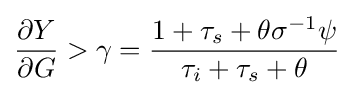
{\frac {\partial Y}{\partial G}}>\gamma ={\frac {1+\tau _{s}+\theta \sigma ^{-1}\psi }{\tau _{i}+\tau _{s}+\theta }}